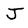
Character: J